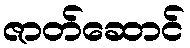
ဇာတ်ဆောင်